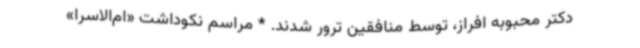
دکتر محبوبه افراز، توسط منافقین ترور شدند. * مراسم نکوداشت «ام‌الاسرا»